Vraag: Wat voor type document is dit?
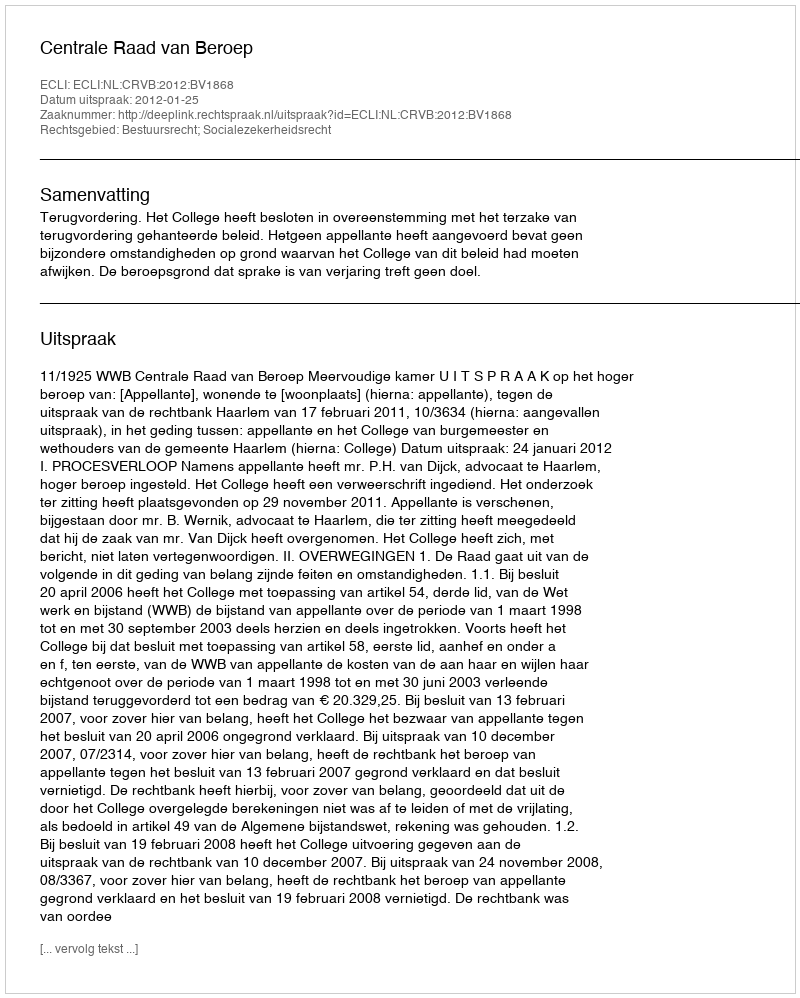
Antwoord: Uitspraak